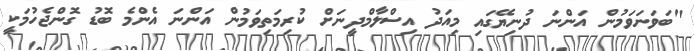
"ބަވަނަވަމުން އަންނަ ދުނިޔޭގައި މިއަދު އިސްލާމްދީނަށް ކުރިމަތިވަމުން އަންނަ އެންމެ ބޮޑު ގޮންޖެހުމަކީ